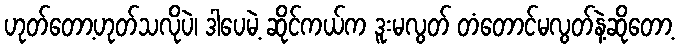
ဟုတ်တော့ဟုတ်သလိုပဲ၊ ဒါပေမဲ့ ဆိုင်ကယ်က ဒူးမလွတ် တံတောင်မလွတ်နဲ့ဆိုတော့